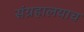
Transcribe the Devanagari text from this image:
संग्रहालयाच